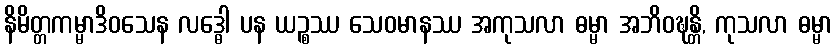
နိမိတ္တကမ္မာဒိဝသေန လဒ္ဓေါ ပန ယဉ္စဿ သေဝမာနဿ အကုသလာ ဓမ္မာ အဘိဝဍ္ဎန္တိ, ကုသလာ ဓမ္မာ